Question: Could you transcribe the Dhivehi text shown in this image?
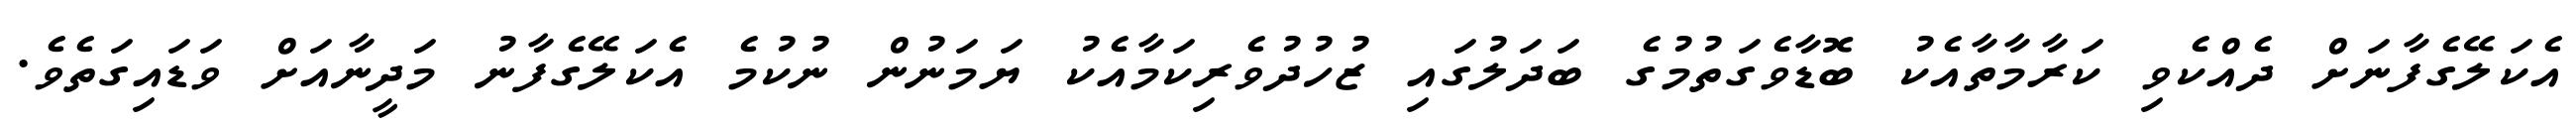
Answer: އެކަލޭގެފާނަށް ދެއްކެވި ކަރާމާތާއެކު ބޮޑާވެގަތުމުގެ ބަދަލުގައި ޒުހުދުވެރިކަމާއެކު ޔަމަނުން ނުކުމެ އެކަލޭގެފާނު މަދީނާއަށް ވަޑައިގަތެވެ.